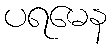
ပရမေန